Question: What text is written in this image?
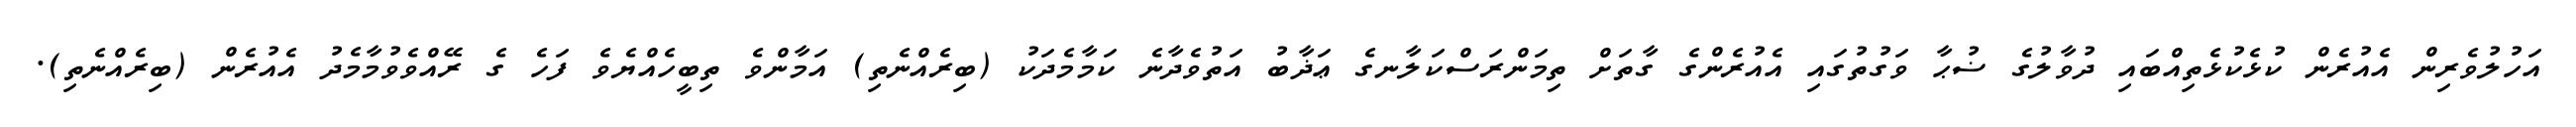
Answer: އަހުލުވެރިން އެއުރެން ކުޅެކުޅެތިއްބައި ދުވާލުގެ ޟުޙާ ވަގުތުގައި އެއުރެންގެ ގާތަށް ތިމަންރަސްކަލާނގެ ޢަޛާބު އަތުވެދާނެ ކަމާމެދަކު (ބިރެއްނެތި) އަމާންވެ ތިބީހެއްޔެވެ ފަހެ ގެ ރޭއްވެވުމާމެދު އެއުރެން (ބިރެއްނެތި).